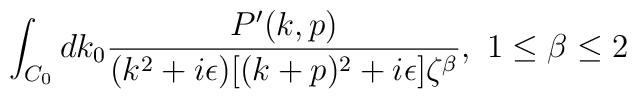
\int_{C_0} dk_0{P^\prime(k,p)\over(k^2+i\epsilon)[(k+p)^2+i\epsilon]\zeta^\beta},\ 1\leq\beta\leq2